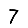
Digit: 7